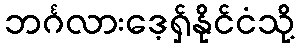
ဘင်္ဂလားဒေ့ရှ်နိုင်ငံသို့